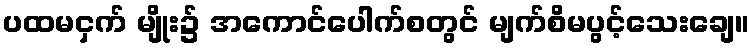
ပထမငှက် မျိုး၌ အကောင်ပေါက်စတွင် မျက်စိမပွင့်သေးချေ။